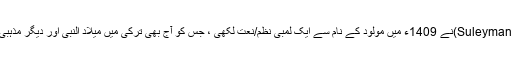
ترکوں کے ایک مشہور شاعر سلیمان چلبی (Suleyman celebi)نے 1409ء میں مولود کے نام سے ایک لمبی نظم/نعت لکھی ، جس کو آج بھی ترکی میں میلاد النبی اور دیگر مذہبی تہواروںمیں نہایت اہتمام کے ساتھ گایا/پڑھا جاتا ہے۔